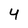
Character: 4